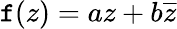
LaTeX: \mathtt{f}(z)=az+b{\overline{{{z}}}}